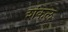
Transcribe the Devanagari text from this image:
शंकल